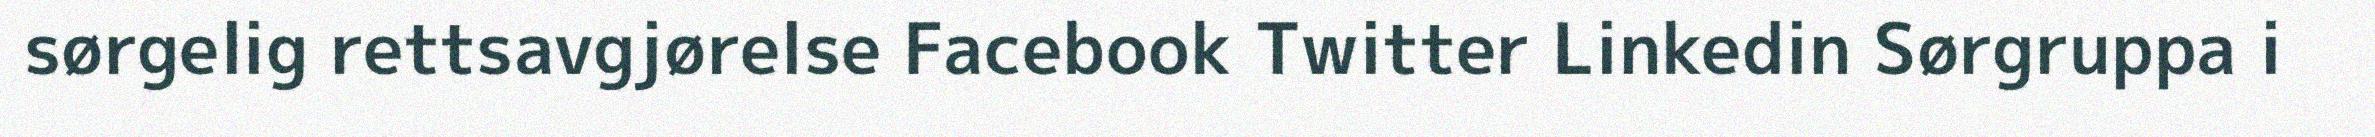
sørgelig rettsavgjørelse Facebook Twitter Linkedin Sørgruppa i